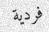
فردية